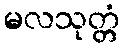
မလသုတ္တံ